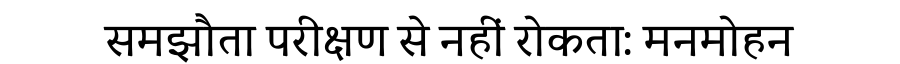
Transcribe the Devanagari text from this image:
समझौता परीक्षण से नहीं रोकता: मनमोहन